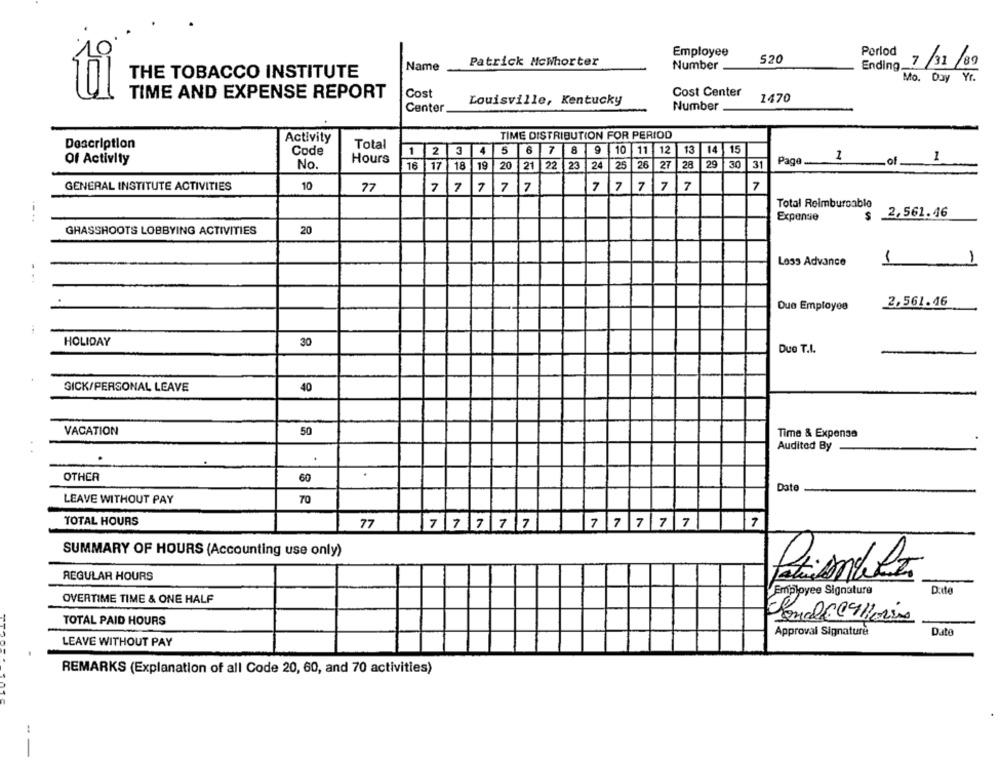
Employee
Perlod
520
Name
Patrick Mcwhorter
Number
Ending __
7/31/89
THE TOBACCO INSTITUTE
Mo. Day Yr.
ti
TIME AND EXPENSE REPORT
Cost
Louisville, Kentucky
Cost Center
1470
Number
Center
TIME DISTRIBUTION FOR PERIOD
Description
Activity
Total
Code
1
12
3 4
5
6
7
8
9 10
11 12
13
14
15
Of Activity
Hours
1
.of
1
No.
16
17
18
19
20
21
22
23
24
25
26 27
28
29
30
31
Page ..
GENERAL INSTITUTE ACTIVITIES
10
77
7 7 7 7 7
7
7
7
7
7
7
Total Reimburcable
2,561.46
-..
Expense
$
GHASSHOOTS LOBBYING ACTIVITIES
20
Less Advance
1
1
...
2,561.46
Due Employee
HOLIDAY
30
Due T.I.
GICK/PERSONAL LEAVE
40
VACATION
50
Time & Expense
Audited By
OTHER
60
Date
LEAVE WITHOUT PAY
70
TOTAL HOURS
77
7
777 7 7
7 7 7 7 7
SUMMARY OF HOURS (Accounting use only)
REGULAR HOURS
Employee Signature
Dotte
OVERTIME TIME & ONE HALF
-
TOTAL PAID HOURS
Dato
Approval Signature
LEAVE WITHOUT PAY
REMARKS (Explanation of all Code 20, 60, and 70 activities)
..
-